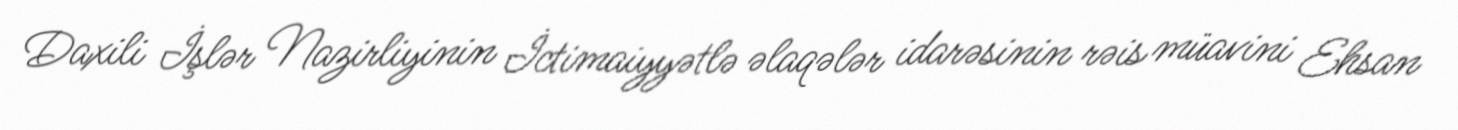
Daxili İşlər Nazirliyinin İctimaiyyətlə əlaqələr idarəsinin rəis müavini Ehsan